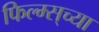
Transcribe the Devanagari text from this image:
फिल्म्स्‌च्या